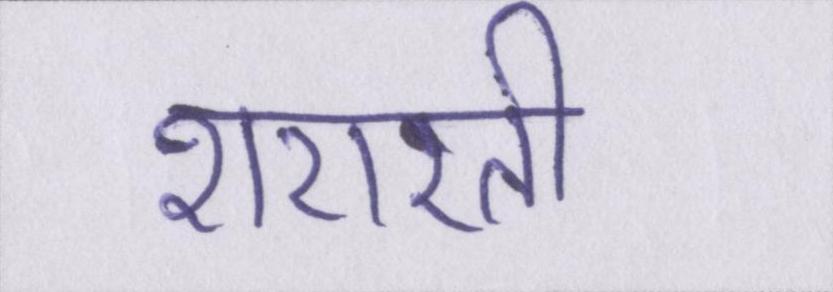
शरारती